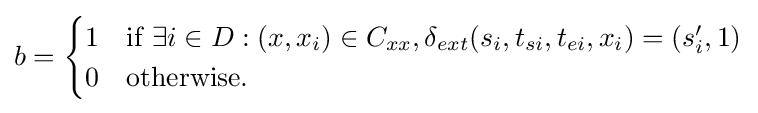
b={\begin{cases}1&{\text{if }}\exists i\in D:(x,x_{i})\in C_{xx},\delta _{ext}(s_{i},t_{si},t_{ei},x_{i})=(s_{i}',1)\\0&{\text{otherwise}}.\end{cases}}